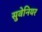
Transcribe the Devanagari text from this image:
सुवेनियर